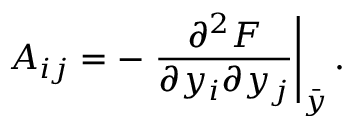
A _ { i j } = - \left. \displaystyle { \frac { \partial ^ { 2 } F } { \partial y _ { i } \partial y _ { j } } } \right| _ { \bar { y } } .